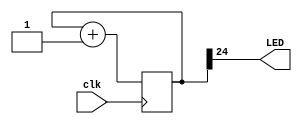
// This program was cloned from: https://github.com/FPGAwars/apio-examples
// License: GNU General Public License v2.0

/******************************************************************************
*                                                                             *
* Copyright 2016 myStorm Copyright and related                                *
* rights are licensed under the Solderpad Hardware License, Version 0.51      *
* (the License); you may not use this file except in compliance with        *
* the License. You may obtain a copy of the License at                        *
* http://solderpad.org/licenses/SHL-0.51. Unless required by applicable       *
* law or agreed to in writing, software, hardware and materials               *
* distributed under this License is distributed on an AS IS BASIS,          *
* WITHOUT WARRANTIES OR CONDITIONS OF ANY KIND, either express or             *
* implied. See the License for the specific language governing                *
* permissions and limitations under the License.                              *
*                                                                             *
******************************************************************************/

module blink(input clk, output LED);

localparam N = 24;

	reg [N:0] count;

	assign LED = count[N];

	always @(posedge clk)
			count <= count + 1;

endmodule